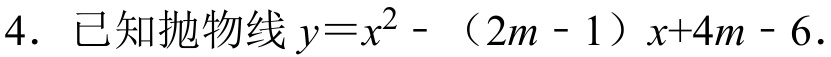
4. 已知抛物线 \(y = x^{2}-(2m - 1)x + 4m - 6\).